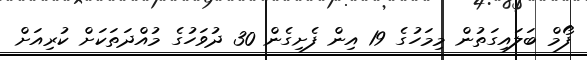
ފޯމް ބަލައިގަތުން މިމަހުގެ 19 އިން ފެށިގެން 30 ދުވަހުގެ މުއްދަތަކަށް ކުރިއަށް